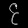
Digit: ၄